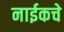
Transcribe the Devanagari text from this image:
नाईकचे